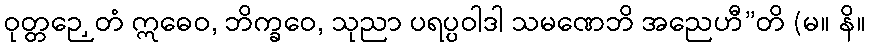
ဝုတ္တဉှေတံ ဣဓေဝ, ဘိက္ခဝေ, သုညာ ပရပ္ပဝါဒါ သမဏေဘိ အညေဟီ”တိ (မ။ နိ။